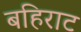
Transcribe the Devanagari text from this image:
बहिराट